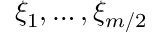
\xi _ { 1 } , \ldots , \xi _ { m / 2 }